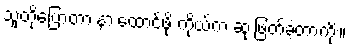
သူတို့ပြောတာ နားထောင်ဖို့ ကိုယ်က ဆုံးဖြတ်ခဲ့တာကိုး။